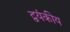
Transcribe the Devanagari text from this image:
द्वयंकीय